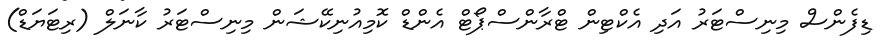
ޑިފެންސް މިނިސްޓަރު އަދި އެކްޓިން ޓްރާންސްޕޯޓް އެންޑް ކޮމިއުނިކޭޝަން މިނިސްޓަރު ކާނަލް (ރިޓަޔަޑް)